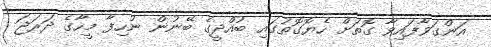
އަންގަވާފައިވާ ގޮތަށް ހެޔޮގޮތުގައި ބުއްދީގެ ބޭނުން ނުހިފާ މީހާގެ ދަރަޖަ